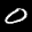
Label: 0